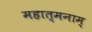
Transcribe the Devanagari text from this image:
महात्मनाम्